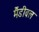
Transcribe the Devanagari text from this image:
मैंडीबल